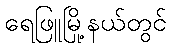
ရေဖြူမြို့နယ်တွင်